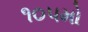
૧૦૫મો